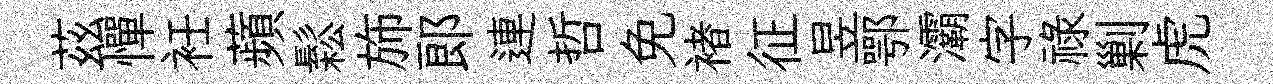
茲憚衽蘋鬆斾郞連哲免褚征昱鄂灞字禄剿虎